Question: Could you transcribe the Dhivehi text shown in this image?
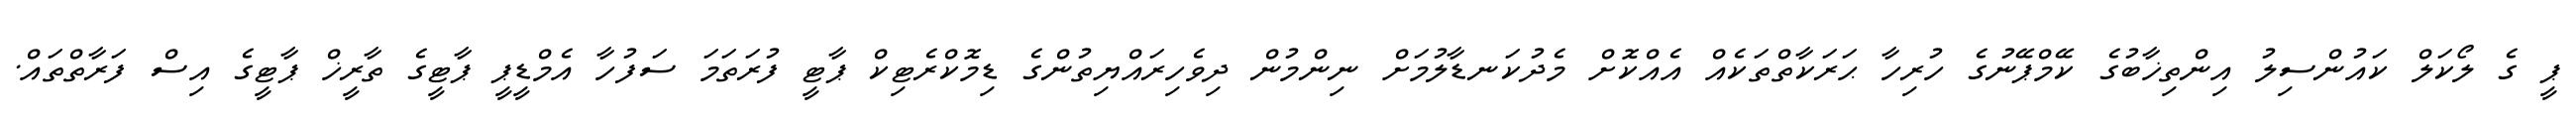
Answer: ޕީ ގެ ލޯކަލް ކައުންސިލު އިންތިޚާބުގެ ކޭމްޕޭނުގެ ހުރިހާ ޙަރަކާތްތަކެއް އެއްކޮށް މެދުކަނޑާލުމަށް ނިންމުން ދިވެހިރައްޔިތުންގެ ޑިމޮކްރެޓިކް ޕާޓީ ފުރަތަމަ ސަފުހާ އެމްޑީޕީ ޕާޓީގެ ތާރީޚް ޕާޓީގެ އިސް ފަރާތްތައް.